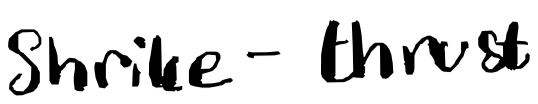
Text: shrike-thrush
Cross-out: clean
Writing tool: digital_black